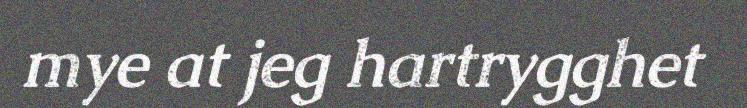
mye at jeg hartrygghet